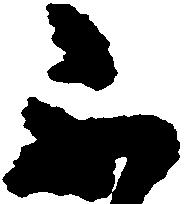
不